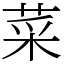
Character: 菜